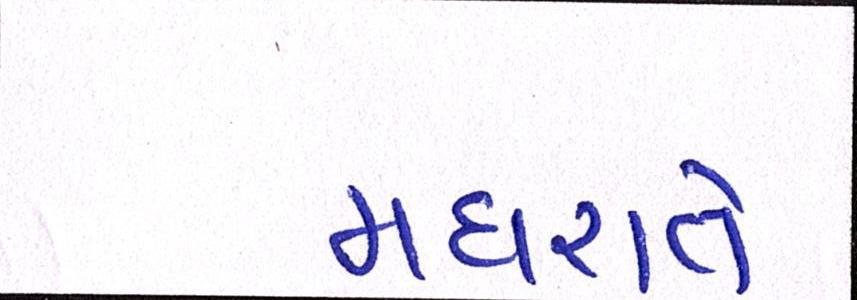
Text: મધરાતે